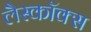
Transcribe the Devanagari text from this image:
लैस्कॉक्स